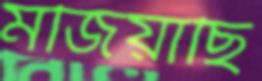
মজিয়াছি